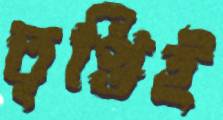
তৃপ্তিই